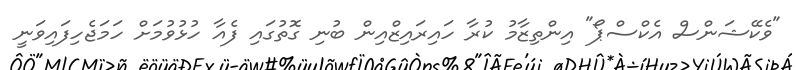
"ވެކޭޝަންސް އެކްސްޕޯ" އިންތިޒާމު ކުރާ ހައިރައިޒްއިން ބުނި ގޮތުގައި ފެއާ ހުޅުވުމަށް ހަމަޖެހިފައިވަނީ